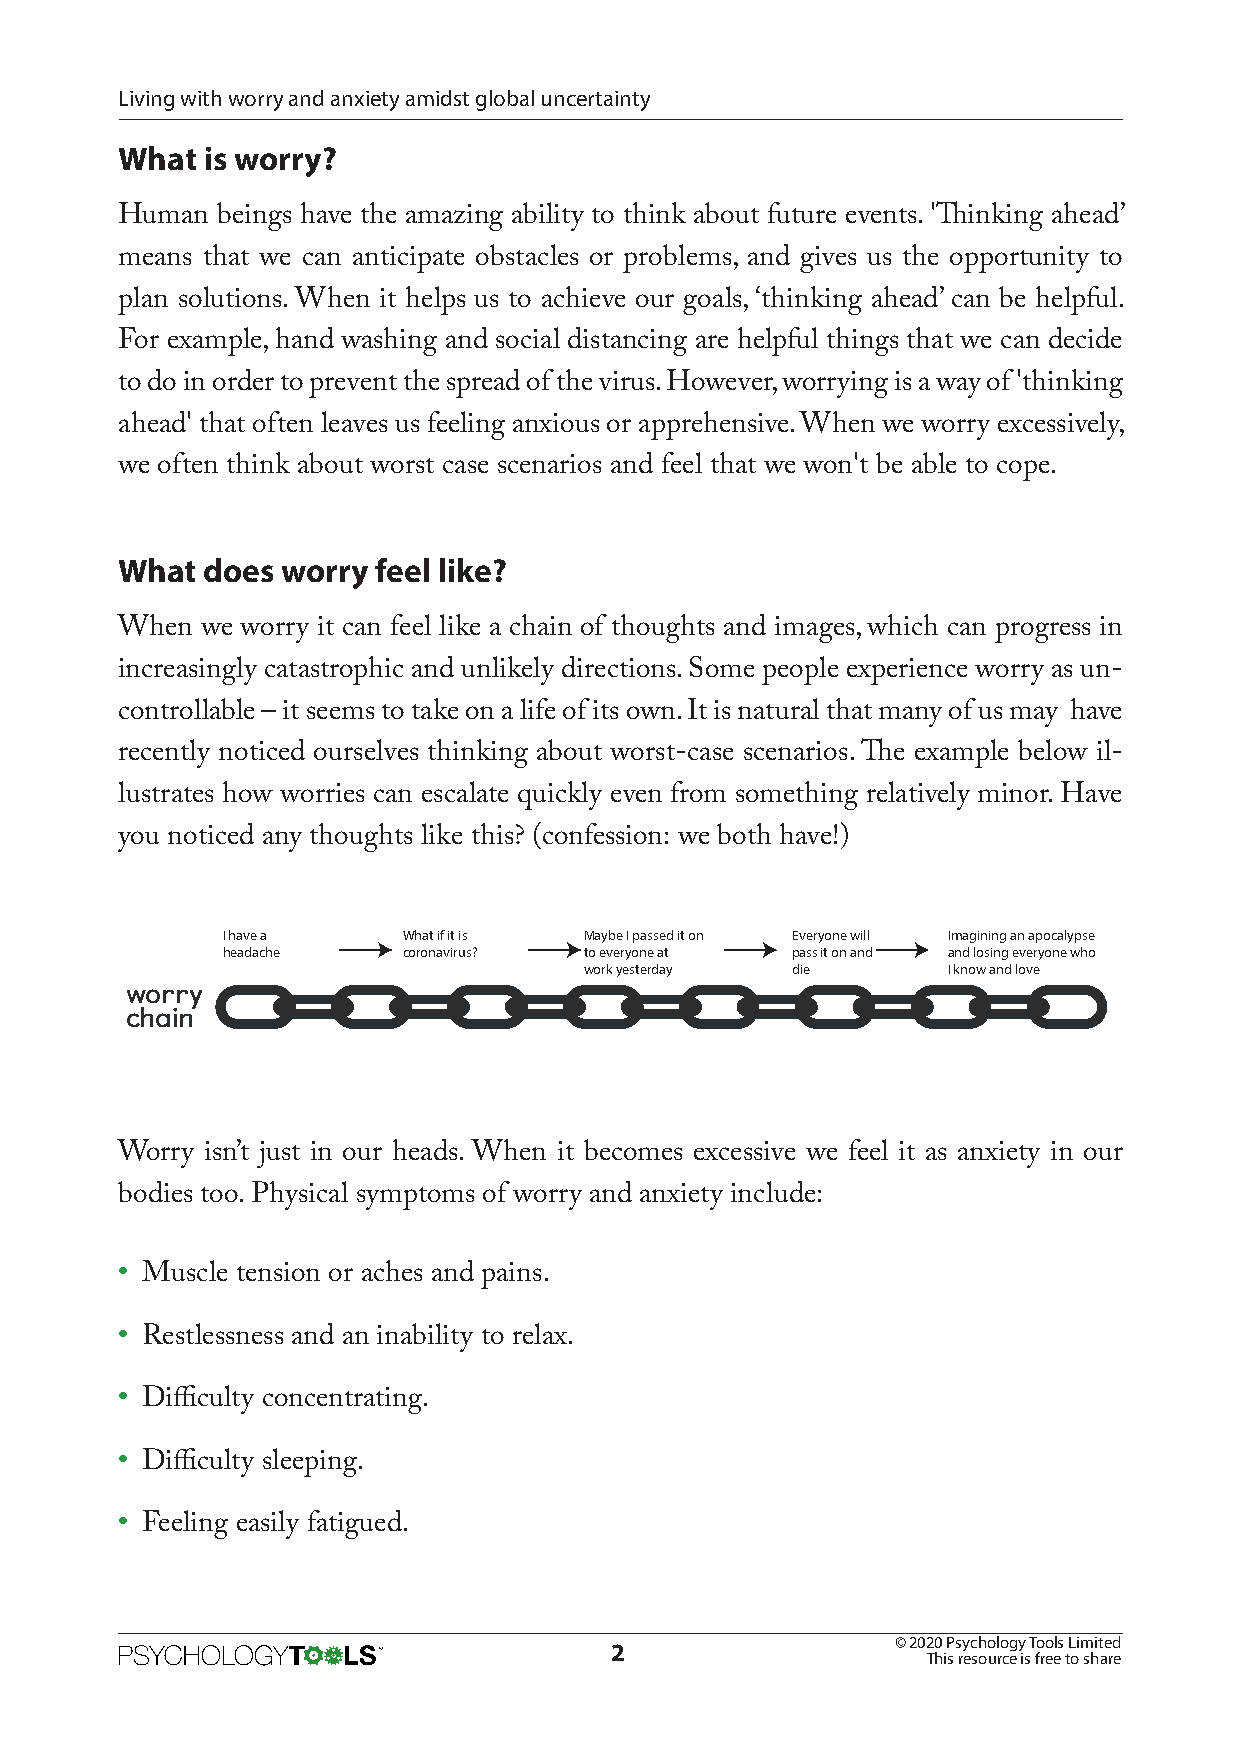
Living with worry and anxiety amidst global uncertainty
 What is worry?
 Human beings have the amazing ability to think about future events. 'Thinking ahead’
 means that we can anticipate obstacles or problems, and gives us the opportunity to
 plan solutions. When it helps us to achieve our goals, ‘thinking ahead’ can be helpful.
 For example, hand washing and social distancing are helpful things that we can decide
 to do in order to prevent the spread of the virus. However, worrying is a way of 'thinking
 ahead' that often leaves us feeling anxious or apprehensive. When we worry excessively,
 we often think about worst case scenarios and feel that we won't be able to cope.
 What does  worry feel like?
 When we worry it can feel like a chain of thoughts and images, which can progress in
 increasingly catastrophic and unlikely directions. Some people experience worry as un-
 controllable – it seems to take on a life of its own. It is natural that many of us may have
 recently noticed ourselves thinking about worst-case scenarios. The example below il-
 lustrates how worries can escalate quickly even from something relatively minor. Have
 you noticed any thoughts like this? (confession: we both have!)
 I have a    What if it is Maybe I passed it on Everyone will Imagining an apocalypse
 headache    coronavirus? to everyone at pass it on and and losing everyone who
 work yesterday die      I know and love
 worry
 chain
 Worry isn’t just in our heads. When it becomes excessive we feel it as anxiety in our
 bodies too. Physical symptoms of worry and anxiety include:
 • Muscle tension or aches and pains.
 • Restlessness and an inability to relax.
 • Difficulty concentrating.
 • Difficulty sleeping.
 • Feeling easily fatigued.
 © 2020 Psychology Tools Limited
 2
 This resource is free to share